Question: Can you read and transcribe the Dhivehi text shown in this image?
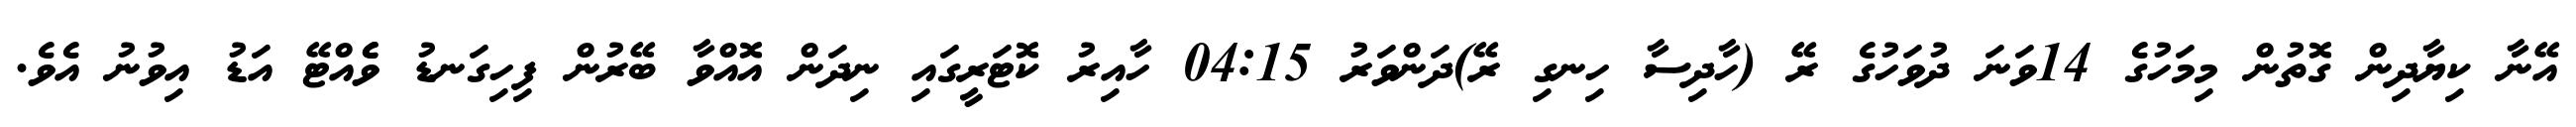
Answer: އޭނާ ކިޔާދިން ގޮތުން މިމަހުގެ 14ވަނަ ދުވަހުގެ ރޭ (ހާދިސާ ހިނގި ރޭ)ދަންވަރު 04:15 ހާއިރު ކޮޓަރީގައި ނިދަން އޮއްވާ ބޭރުން ފިހިގަނޑު ވެެއްޓޭ އަޑު އިވުނު އެވެ.